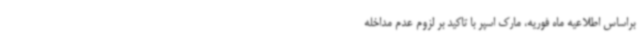
براساس اطلاعیه‌ ماه فوریه، مارک اسپر با تاکید بر لزوم عدم مداخله